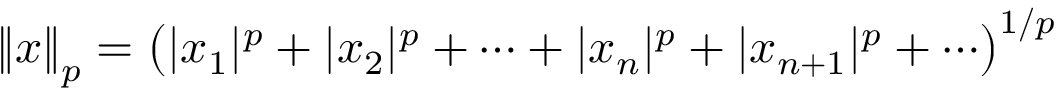
\left\| x \right\| _ { p } = \left( | x _ { 1 } | ^ { p } + | x _ { 2 } | ^ { p } + \cdots + | x _ { n } | ^ { p } + | x _ { n + 1 } | ^ { p } + \cdots \right) ^ { 1 / p }